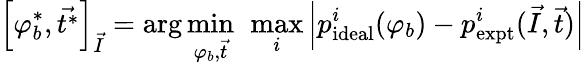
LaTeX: \left[\varphi_{b}^{\ast},\vec{t^{\ast}}\right]_{\vec{I}}=\arg\operatorname*{min}_{\varphi_{b},\vec{t}}\ \operatorname*{max}_{i}\left\lvert p_{\mathrm{ideal}}^{i}(\varphi_{b})-p_{\mathrm{expt}}^{i}(\vec{I},\vec{t})\right\rvert